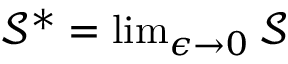
\begin{array} { r } { \mathcal { S } ^ { * } = \operatorname* { l i m } _ { \epsilon \to 0 } \mathcal { S } } \end{array}